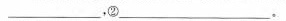
，②___